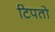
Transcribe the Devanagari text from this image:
टिपतो